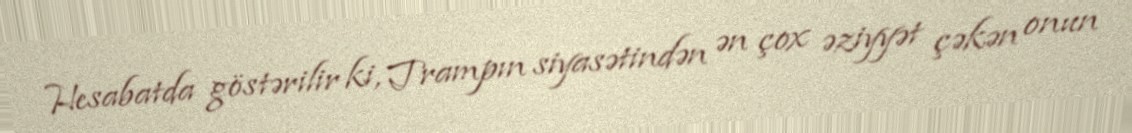
Hesabatda göstərilir ki, Trampın siyasətindən ən çox əziyyət çəkən onun